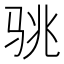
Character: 𱅏